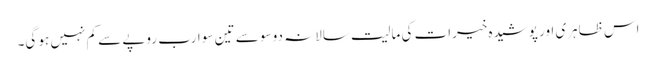
اس ظاہری اور پوشیدہ خیرات کی مالیت سالانہ دو سو سے تین سو ارب روپے سے کم نہیں ہو گی۔